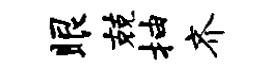
眼兢抽齐